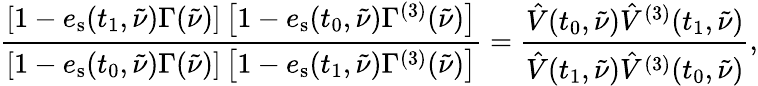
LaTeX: \frac{\left[1-e_{\mathrm{s}}(t_{1},\tilde{\nu})\Gamma(\tilde{\nu})\right]\left[1-e_{\mathrm{s}}(t_{0},\tilde{\nu})\Gamma^{(3)}(\tilde{\nu})\right]}{\left[1-e_{\mathrm{s}}(t_{0},\tilde{\nu})\Gamma(\tilde{\nu})\right]\left[1-e_{\mathrm{s}}(t_{1},\tilde{\nu})\Gamma^{(3)}(\tilde{\nu})\right]}=\frac{\hat{V}(t_{0},\tilde{\nu})\hat{V}^{(3)}(t_{1},\tilde{\nu})}{\hat{V}(t_{1},\tilde{\nu})\hat{V}^{(3)}(t_{0},\tilde{\nu})},